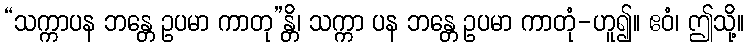
“သက္ကာပန ဘန္တေ ဥပမာ ကာတု”န္တိ၊ သက္ကာ ပန ဘန္တေ ဥပမာ ကာတုံ-ဟူ၍။ ဧဝံ၊ ဤသို့။